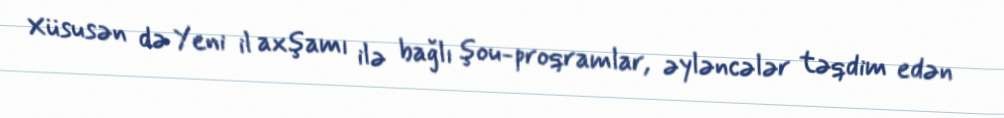
Xüsusən də Yeni il axşamı ilə bağlı şou-proqramlar, əyləncələr təqdim edən